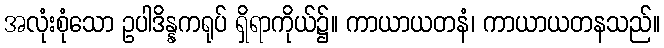
အလုံးစုံသော ဥပါဒိန္နကရုပ် ရှိရာကိုယ်၌။ ကာယာယတနံ၊ ကာယာယတနသည်။